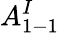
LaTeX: A_{1-1}^{I}